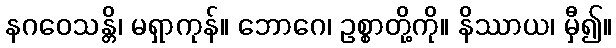
နဂဝေသန္တိ၊ မရှာကုန်။ ဘောဂေ၊ ဥစ္စာတို့ကို။ နိဿာယ၊ မှီ၍။